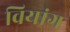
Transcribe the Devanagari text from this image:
वियांग